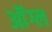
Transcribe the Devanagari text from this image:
ऑंग्ल